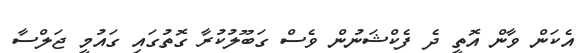
އެކަން ވާން އޮތީ ދެ ފެކްޝަނުން ވެސް ގަބޫލުކުރާ ގޮތުގައި ގައުމީ ޖަލްސާ